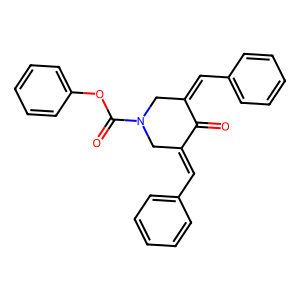
SMILES: O=C1C(=Cc2ccccc2)CN(C(=O)Oc2ccccc2)CC1=Cc1ccccc1
Inhibits HIV replication: No